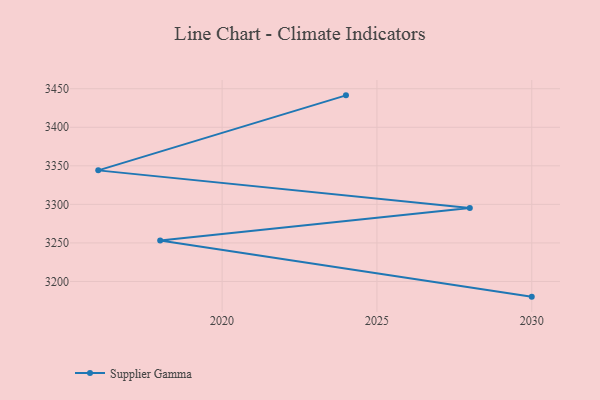
{"axis": {"x": "Year", "y": "Inventory Turnover"}, "legend": ["Supplier Gamma"], "data": [{"x": "2030", "y": 3180.3, "type": "Supplier Gamma"}, {"x": "2018", "y": 3253.1, "type": "Supplier Gamma"}, {"x": "2028", "y": 3295.4, "type": "Supplier Gamma"}, {"x": "2016", "y": 3344.1, "type": "Supplier Gamma"}, {"x": "2024", "y": 3441.4, "type": "Supplier Gamma"}]}